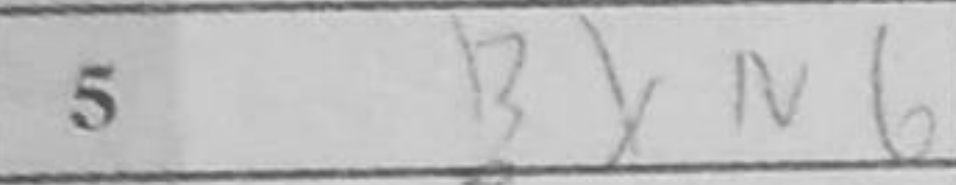
Transcription: BxN6